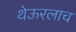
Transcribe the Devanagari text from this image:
थेऊरलाच